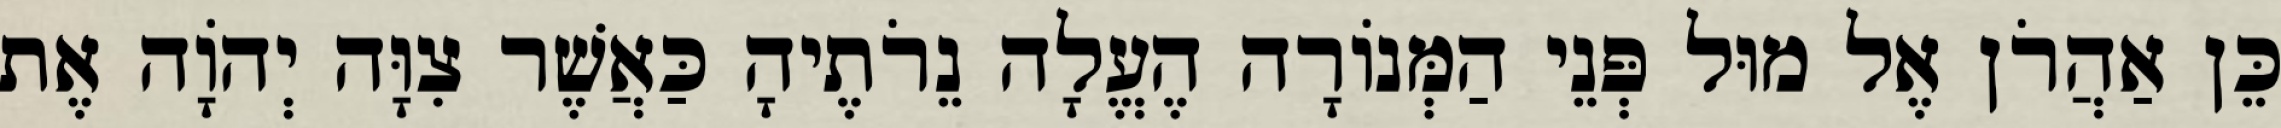
כֵּן אַהֲרֹן אֶל מוּל פְּנֵי הַמְּנוֹרָה הֶעֱלָה נֵרֹתֶיהָ כַּאֲשֶׁר צִוָּה יְהוָֹה אֶת